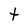
Character: t